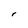
Character: r